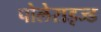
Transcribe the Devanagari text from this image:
पोलेराइज्ड